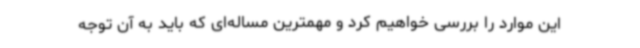
این موارد را بررسی خواهیم کرد و مهمترین مساله‌ای که باید به آن توجه